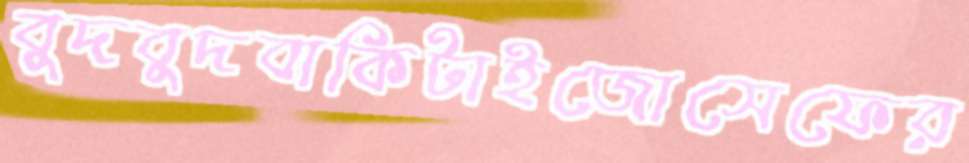
বুদবুদবাকিটাইজোসেফের